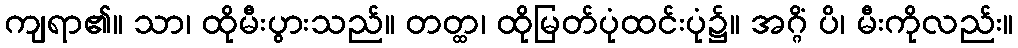
ကျရာ၏။ သာ၊ ထိုမီးပွားသည်။ တတ္ထ၊ ထိုမြတ်ပုံထင်းပုံ၌။ အဂ္ဂိံ ပိ၊ မီးကိုလည်း။